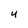
Character: 4